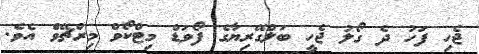
ޖެހި ފަހު ދެ ގޯލު ޖެހީ ބަލްގޭރިޔާގެ ފޯވަޑް މިޓްކޯވް މިރްޗޭވްެ އެވެ.